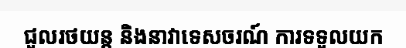
ជួលរថយន្ត និងនាវាទេសចរណ៍ ការទទួលយក